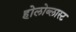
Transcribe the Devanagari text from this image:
होलोब्लास्ट